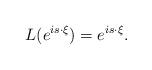
LaTeX: \begin{align*} L(e^{is\cdot\xi}) = e^{is\cdot\xi}.\end{align*}